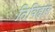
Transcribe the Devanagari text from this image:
तिविहार